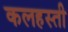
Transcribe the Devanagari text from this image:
कलहस्ती